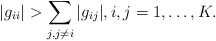
\begin{align*}|g_{ii}| > \sum_{j, j\neq i} |g_{ij}|, i,j=1,\ldots,K. \end{align*}